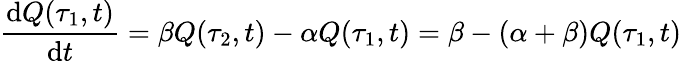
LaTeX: \frac{\mathrm{d}Q(\tau_{1},t)}{\mathrm{d}t}=\beta Q(\tau_{2},t)-\alpha Q(\tau_{1},t)=\beta-(\alpha+\beta)Q(\tau_{1},t)